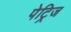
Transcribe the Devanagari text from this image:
पेट्रिज